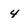
Character: 4